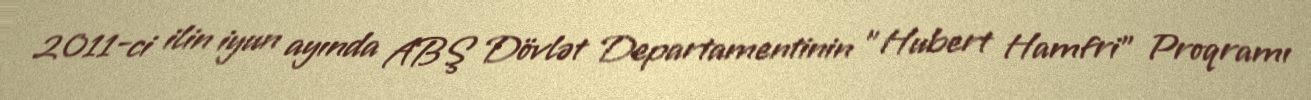
2011-ci ilin iyun ayında ABŞ Dövlət Departamentinin "Hubert Hamfri" Proqramı